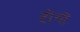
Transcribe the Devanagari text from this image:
टोंगों